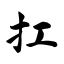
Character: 扛